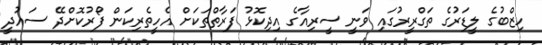
ހިޒްބުގެ ލީޑަރުގެ ތަގްރީރުގައި ވަނީ ސީރިއާގެ އިދިކޮޅު ފަރާތްތަކަށް އެހީތެރިކަން ފޯރުކޮށްދޭ ސައުދީ